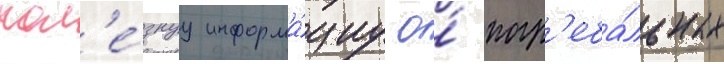
пол'е́знуу информа́циу о́ погр'еба́льных